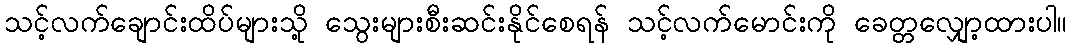
သင့်လက်ချောင်းထိပ်များသို့ သွေးများစီးဆင်းနိုင်စေရန် သင့်လက်မောင်းကို ခေတ္တလျှော့ထားပါ။